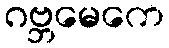
ဂဗ္ဘမေကေ